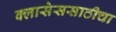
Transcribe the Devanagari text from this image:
क्लासेससाठीचा